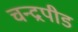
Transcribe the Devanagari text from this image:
चन्द्रपीड